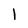
Character: l